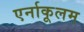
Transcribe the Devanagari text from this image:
एर्नाकूलम